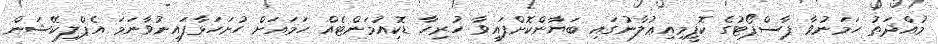
މުއްދަތު ހަމަނުވާ ޕާސްޕޯޓުގެ ކޮޕީމިއިޢުލާނުގައި ބަޔާންކޮށްފައިވާ ހުރިހާ ޑޮކިއުމަންޓެއް ހަމައަށް ހުށަހަޅާފައިނުވާނަމަ އެޕްލިކޭޝަން